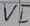
Text: VI